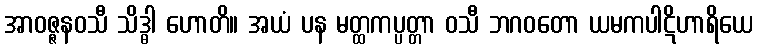
အာဝဇ္ဇနဝသီ သိဒ္ဓါ ဟောတိ။ အယံ ပန မတ္ထကပ္ပတ္တာ ဝသီ ဘဂဝတော ယမကပါဋိဟာရိယေ